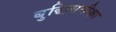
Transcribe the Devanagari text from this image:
बुद्धिसमीक्षा